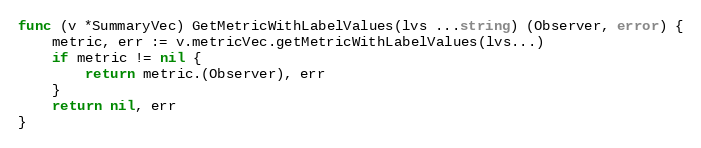
Language: Go
func (v *SummaryVec) GetMetricWithLabelValues(lvs ...string) (Observer, error) {
	metric, err := v.metricVec.getMetricWithLabelValues(lvs...)
	if metric != nil {
		return metric.(Observer), err
	}
	return nil, err
}